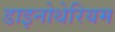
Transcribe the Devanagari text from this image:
डाइनोथेरियम